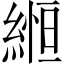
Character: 縆